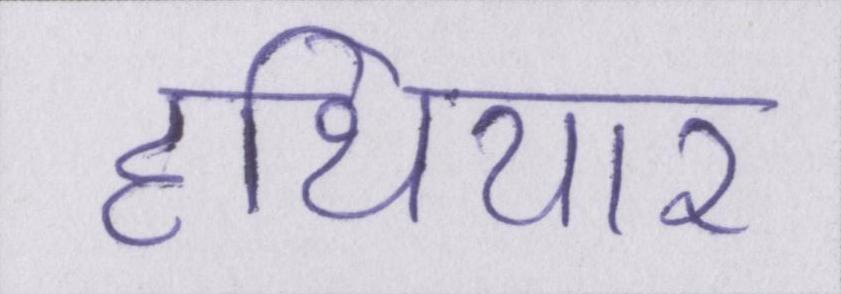
हथियार